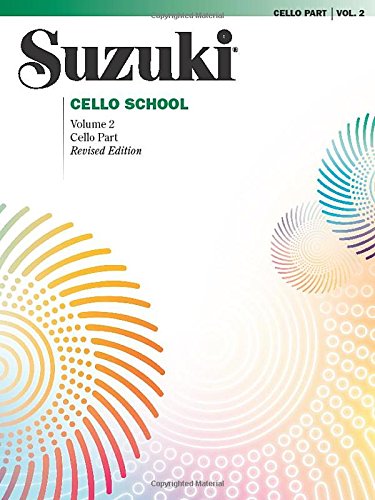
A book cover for Suzuki Cello School: Cello Part, Vol. 2; Alfred Publishing Staff; Arts & Photography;